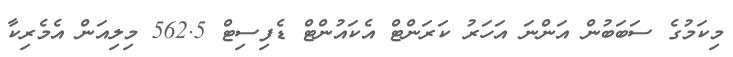
މިކަމުގެ ސަބަބުން އަންނަ އަހަރު ކަރަންޓް އެކައުންޓް ޑެފިސިޓް 562.5 މިލިއަން އެމެރިކާ